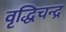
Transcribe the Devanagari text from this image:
वृद्धिचन्द्र